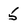
Character: 5